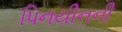
પિનયીનની